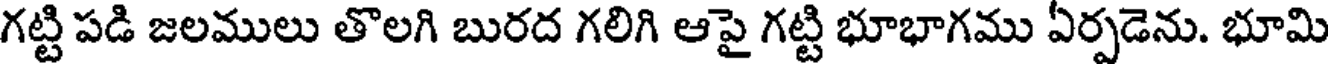
గట్టి పడి జలములు తొలగి బురద గలిగి ఆపై గట్టి భూభాగము ఏర్పడెను. భూమి